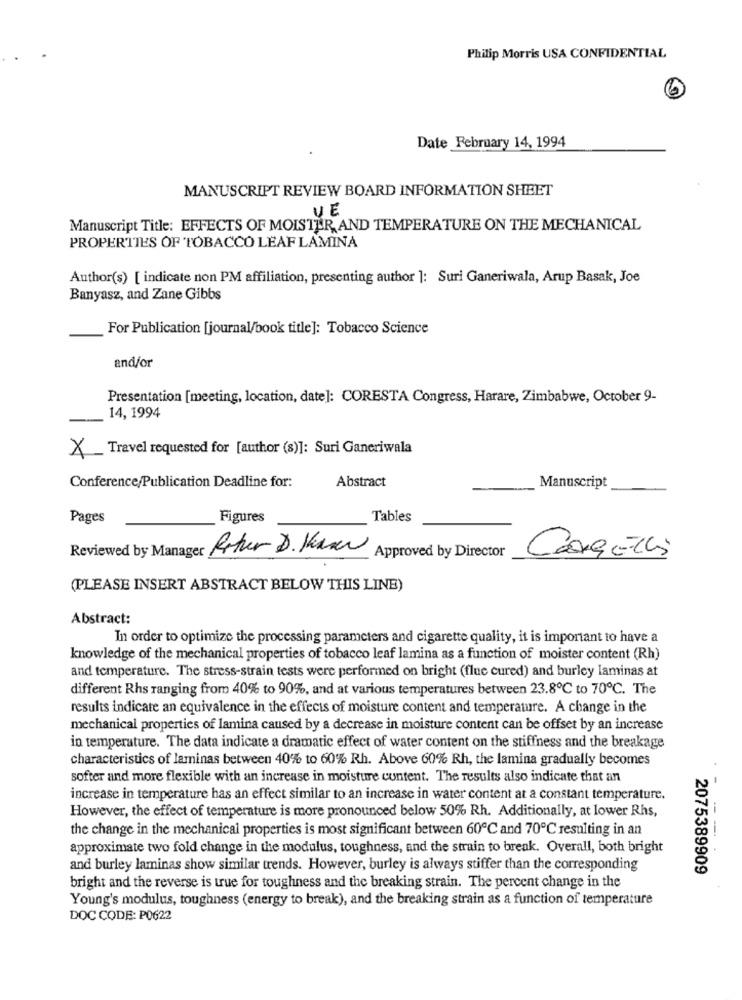
Philip Morris USA CONFIDENTIAL
Date February 14, 1994
MANUSCRIPT REVIEW BOARD INFORMATION SHEET
VE
Manuscript Title: EFFECTS OF MOISTER AND TEMPERATURE ON THE MECHANICAL
PROPERTIES OF TOBACCO LEAF LAMINA
Author(s) [ indicate non PM affiliation, presenting author ]: Suri Ganeriwala, Arup Basak, Joe
Banyasz, and Zane Gibbs
For Publication [journal/book title]: Tobacco Science
and/or
Presentation [meeting, location, date]: CORESTA Congress, Harare, Zimbabwe, October 9-
14, 1994
X_ Travel requested for [author (8)]: Suri Ganeriwala
Conference/Publication Deadline for:
Abstract
Manuscript
Pages
Figures
Tables
Reviewed by Manager Roter D. Kawa
Approved by Director
CARElli
(PLEASE INSERT ABSTRACT BELOW THIS LINE)
Abstract:
In order to optimize the processing parameters and cigarette quality, it is important to have a
knowledge of the mechanical properties of tobacco leaf lamina as a function of moister content (Rh)
and temperature. The stress-strain tests were performed on bright (flue cured) and burley laminas at
different Rhs ranging from 40% to 90%, and at various temperatures between 23.8℃ to 70℃. The
results indicate an equivalence in the effects of moisture content and temperature. A change in the
mechanical properties of lamina caused by a decrease in moisture content can be offset by an increase
in temperature. The data indicate a dramatic effect of water content on the stiffness and the breakage
characteristics of laminas between 40% to 60% Rh. Above 60% Rh, the lamina gradually becomes
softer and more flexible with an increase in moisture content. The results also indicate that an
increase in temperature has an effect similar to an increase in water content at a constant temperature.
However, the effect of temperature is more pronounced below 50% Rh. Additionally, at lower Rhs,
the change in the mechanical properties is most significant between 60℃ and 70℃ resulting in an
approximate two fold change in the modulus, toughness, and the strain to break. Overall, both bright
and burley laminas show similar trends. However, burley is always stiffer than the corresponding
2075389909
bright and the reverse is true for toughness and the breaking strain. The percent change in the
Young's modulus, toughness (energy to break), and the breaking strain as a function of temperature
DOC CODE: P0622